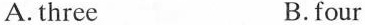
A. three B.four